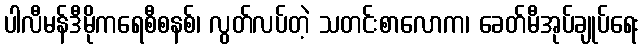
ပါလီမန်ဒီမိုကရေစီစနစ်၊ လွတ်လပ်တဲ့ သတင်းစာလောက၊ ခေတ်မီအုပ်ချုပ်ရေး